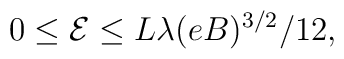
0 \leq \mathcal{E} \leq L\lambda(eB)^{3/2}/12,